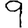
Digit: 9